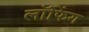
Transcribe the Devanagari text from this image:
लॉफिंग